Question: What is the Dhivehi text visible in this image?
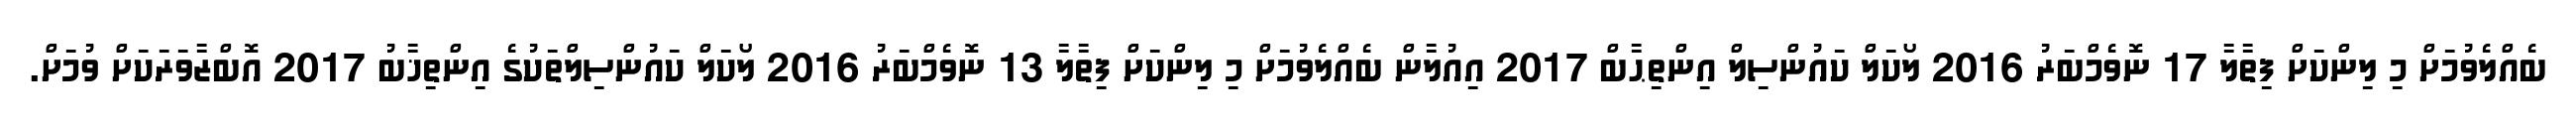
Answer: ބެއްލެވުމަށް މި ލިންކަށް ފިތާލާ 17 ނޮވެމްބަރު 2016 ލޯކަލް ކައުންސިލް އިންތިޙާބް 2017 އިއުލާން ބެއްލެވުމަށް މި ލިންކަށް ފިތާލާ 13 ނޮވެމްބަރު 2016 ލޯކަލް ކައުންސިލްތަކުގެ އިންތިޚާބު 2017 އޮބްޒާވަރަކަށް ވުމަށް.